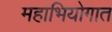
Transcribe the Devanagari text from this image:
महाभियोगात